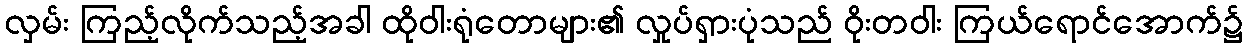
လှမ်း ကြည့်လိုက်သည့်အခါ ထိုဝါးရုံတောများ၏ လှုပ်ရှားပုံသည် ဝိုးတဝါး ကြယ်ရောင်အောက်၌